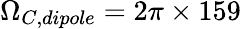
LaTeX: \Omega_{C,dipole}=2\pi\times 159